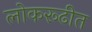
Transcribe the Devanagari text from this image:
लोकरूढीत